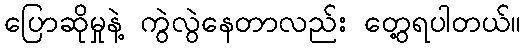
ပြောဆိုမှုနဲ့ ကွဲလွဲနေတာလည်း တွေ့ရပါတယ်။